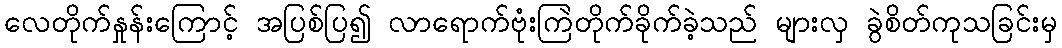
လေတိုက်နှုန်းကြောင့် အပြစ်ပြ၍ လာရောက်ဗုံးကြဲတိုက်ခိုက်ခဲ့သည် များလှ ခွဲစိတ်ကုသခြင်းမှ